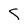
Character: R